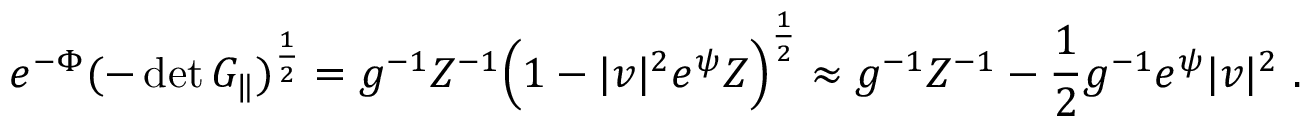
e ^ { - \Phi } ( - \operatorname * { d e t } G _ { \| } ) ^ { \frac { 1 } { 2 } } = g ^ { - 1 } Z ^ { - 1 } \Bigl ( 1 - | v | ^ { 2 } e ^ { \psi } Z \Bigr ) ^ { \frac { 1 } { 2 } } \approx g ^ { - 1 } Z ^ { - 1 } - \frac { 1 } { 2 } g ^ { - 1 } e ^ { \psi } | v | ^ { 2 } \ .